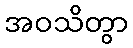
အဝသိတွာ